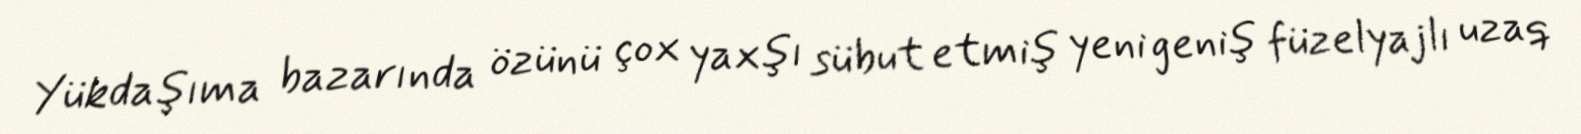
Yükdaşıma bazarında özünü çox yaxşı sübut etmiş yeni geniş füzelyajlı uzaq